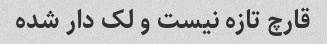
قارچ تازه نیست و لک دار شده